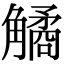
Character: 𧤾